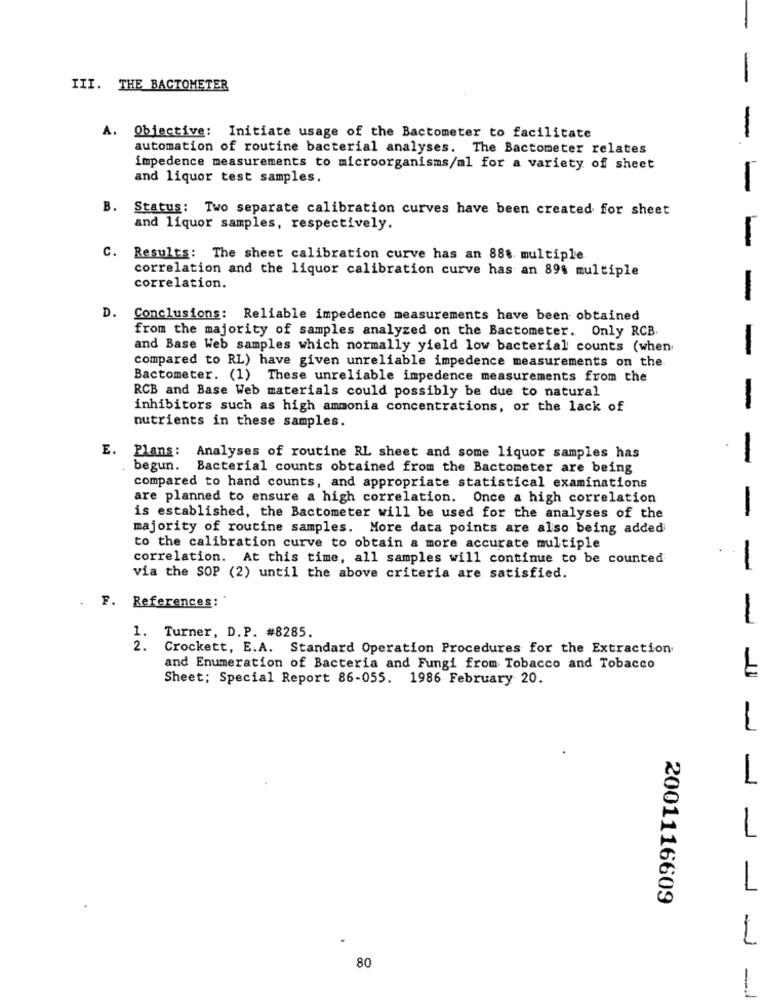
-
III. THE BACTOMETER
A. Objective: Initiate usage of the Bactometer to facilitate
-
automation of routine bacterial analyses. The Bactometer relates
impedence measurements to microorganisms/al for a variety of sheet
and liquor test samples.
-
B. Status: Two separate calibration curves have been created for sheet
and liquor samples, respectively.
-
C. Results: The sheet calibration curve has an 88% multiple
correlation and the liquor calibration curve has an 89% multiple
correlation.
-
D. Conclusions: Reliable impedence measurements have been obtained
from the majority of samples analyzed on the Bactometer. Only RCB
and Base Web samples which normally yield low bacterial counts (when
-
compared to RL) have given unreliable impedence measurements on the
Bactometer. (1) These unreliable impedence measurements from the
RCB and Base Web materials could possibly be due to natural
inhibitors such as high ammonia concentrations, or the lack of
-
nutrients in these samples.
E. Plans: Analyses of routine RL sheet and some liquor samples has
-
begun. Bacterial counts obtained from the Bactometer are being
compared to hand counts, and appropriate statistical examinations
are planned to ensure a high correlation. Once a high correlation
-
is established, the Bactometer will be used for the analyses of the
majority of routine samples. More data points are also being added
to the calibration curve to obtain a more accurate multiple
correlation. At this time, all samples will continue to be counted
-
via the SOP (2) until the above criteria are satisfied.
F. References:
-
1. Turner, D.P. #8285.
2.
Crockett, E.A. Standard Operation Procedures for the Extraction
and Enumeration of Bacteria and Fungi from Tobacco and Tobacco
Sheet; Special Report 86-055. 1986 February 20.
2001116609
80
-